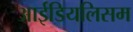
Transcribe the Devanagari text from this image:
आईडियलिसम